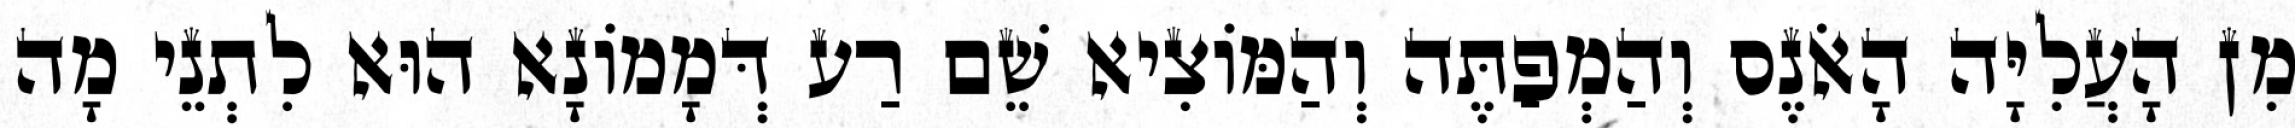
מִן הָעֲלִיָּה הָאֹנֶס וְהַמְפַתֶּה וְהַמּוֹצִיא שֵׁם רַע דְּמָמוֹנָא הוּא לִתְנֵי מָה